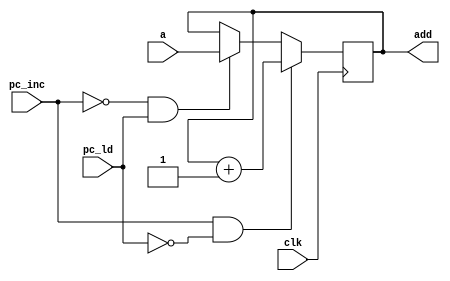
module pc (
    input clk,pc_ld,pc_inc,
    input [7:0] a,
    output reg[7:0] add);

always @(negedge clk)
begin
    if(pc_inc==1'b1&&pc_ld==1'b0) add<=add+1'b1;
    else if(pc_inc==1'b0&&pc_ld==1'b1) add<=a;
    else add<=add;
end
endmodule